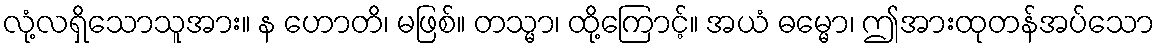
လုံ့လရှိသောသူအား။ န ဟောတိ၊ မဖြစ်။ တသ္မာ၊ ထို့ကြောင့်။ အယံ ဓမ္မော၊ ဤအားထုတန်အပ်သော